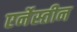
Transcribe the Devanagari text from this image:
एर्नेस्तीन